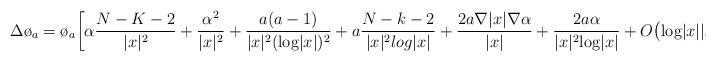
LaTeX: \begin{align*}\Delta \o_a=\o_a \biggl[\alpha \frac{N-K-2}{|x|^2}+ \frac{\alpha^2 }{|x|^2}+ \frac{a(a-1)}{|x|^2 (\textrm{log}|x|)^2}+ a\frac{N-k-2}{|x|^2 log|x|}+\frac{2 a \nabla |x| \nabla \alpha}{|x|}+ \frac{2 a \alpha}{|x|^2 \textrm{log} |x|}+O\bigl(\textrm{log}|x| |x|^{-3/2}\bigl)\biggl].\end{align*}